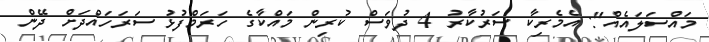
މައްސަލައެއް": އެމެރިކާ ސަރުކާރު 4 ދުވަަސް ކުރިން މައްކާގެ ހަރަމްފުޅު ސަރަހައްދަށް ދޭން